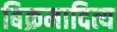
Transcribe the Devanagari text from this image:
बिक्रमादित्य